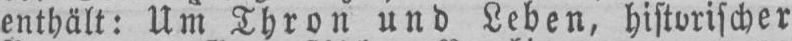
enthält: Um Thron und Leben, historischer